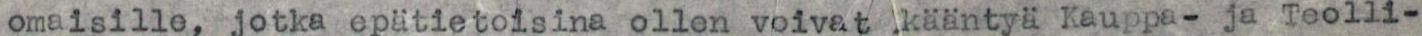
omaisille, jotka epätietoisina ollen voivat kääntyä Kauppa- ja Teolli-